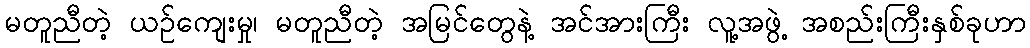
မတူညီတဲ့ ယဉ်ကျေးမှု၊ မတူညီတဲ့ အမြင်တွေနဲ့ အင်အားကြီး လူ့အဖွဲ့ အစည်းကြီးနှစ်ခုဟာ